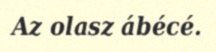
Az olasz ábécé.